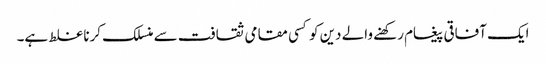
ایک آفاقی پیغام رکھنے والے دین کو کسی مقامی ثقافت سے منسلک کرنا غلط ہے۔